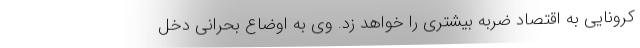
کرونایی به اقتصاد ضربه بیشتری را خواهد زد. وی به اوضاع بحرانی دخل